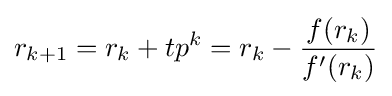
r_{k+1}=r_{k}+tp^{k}=r_{k}-{\frac {f(r_{k})}{f'(r_{k})}}